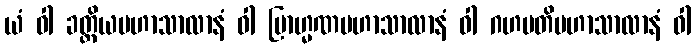
ယံ ဝါ ခတ္တိယမဟာသာလာနံ ဝါ ဗြာဟ္မဏမဟာသာလာနံ ဝါ ဂဟပတိမဟာသာလာနံ ဝါ